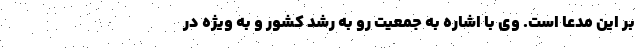
بر این مدعا است. وی با اشاره به جمعیت رو به رشد کشور و به ویژه در